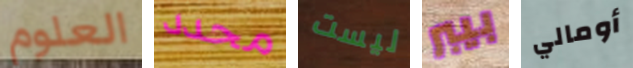
العلوم محدد ليست بيبر أومالي